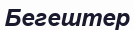
Бегештер